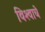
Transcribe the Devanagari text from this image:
विश्‍वाचे